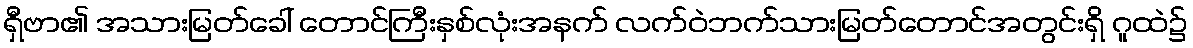
ရှီဗာ၏ အသားမြတ်ခေါ် တောင်ကြီးနှစ်လုံးအနက် လက်ဝဲဘက်သားမြတ်တောင်အတွင်းရှိ ဂူထဲ၌